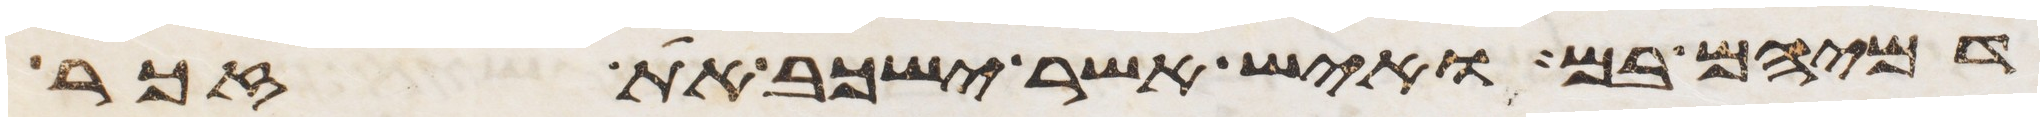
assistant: דמיהם בם ואיש אשר ישכב את זכר